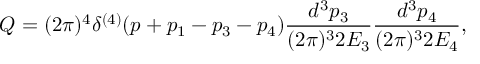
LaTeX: Q = ( 2 \pi ) ^ { 4 } \delta ^ { ( 4 ) } ( p + p _ { 1 } - p _ { 3 } - p _ { 4 } ) \frac { d ^ { 3 } p _ { 3 } } { ( 2 \pi ) ^ { 3 } 2 E _ { 3 } } \frac { d ^ { 3 } p _ { 4 } } { ( 2 \pi ) ^ { 3 } 2 E _ { 4 } } ,